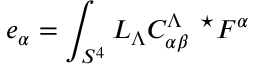
e _ { \alpha } = \int _ { S ^ { 4 } } L _ { \Lambda } C _ { \alpha \beta } ^ { \Lambda \ \ \star } F ^ { \alpha }